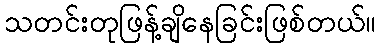
သတင်းတုဖြန့်ချိနေခြင်းဖြစ်တယ်။